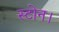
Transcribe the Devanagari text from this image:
स्टोन।